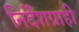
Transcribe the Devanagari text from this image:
निर्देशग्राही